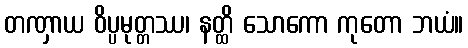
တဏှာယ ဝိပ္ပမုတ္တဿ၊ နတ္ထိ သောကော ကုတော ဘယံ။